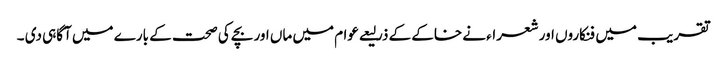
تقریب میں فنکاروں اور شعراء نے خاکے کے ذرلیعے عوام میں ماں اور بچے کی صحت کے بارے میں آگاہی دی ۔